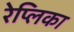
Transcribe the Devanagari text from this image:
रेप्लिका